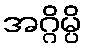
အဂ္ဂိမ္ပိ